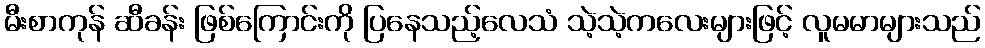
မီးစာကုန် ဆီခန်း ဖြစ်ကြောင်းကို ပြနေသည့်လေသံ သဲ့သဲ့ကလေးများဖြင့် လူမမာများသည်